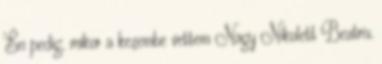
Én pedig, mikor a kezembe vettem Nagy Nikolett Beatrix